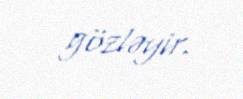
gözləyir.